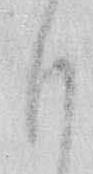
も